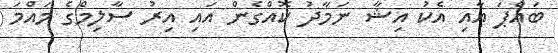
ބައްޕަ އާއި އެކު އިޝާ ނަމާދު ކޮއްގެން އައި އިރު ސާލިމްގެ މައްމަ